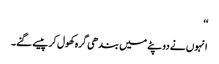
‘‘
انہوں نے دوپٹے میں بندھی گرہ کھول کر پیسے گنے۔